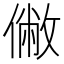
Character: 𠍯